Leaving Certificate Examination, 1919
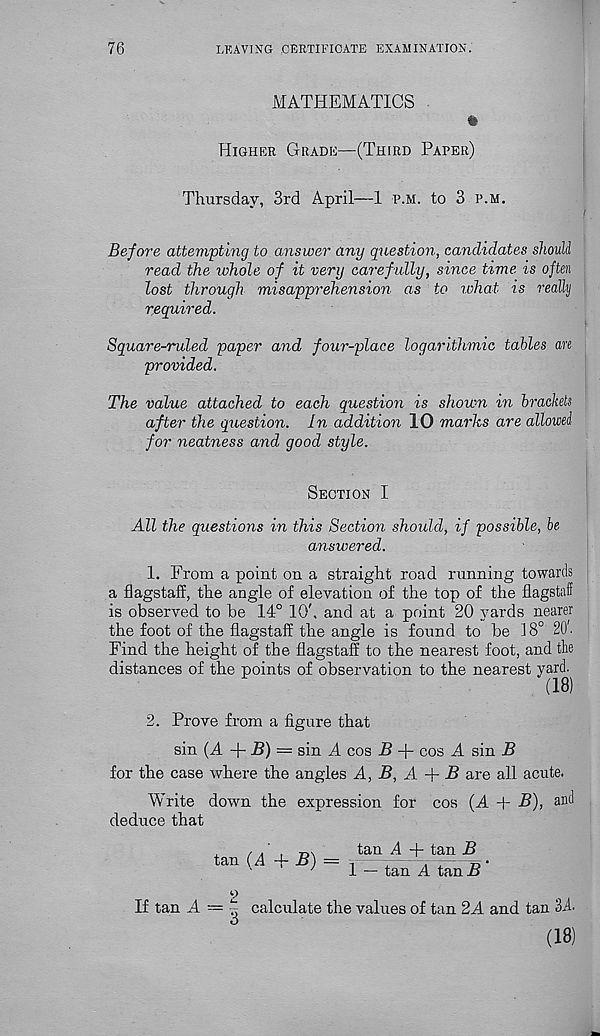
76
LEAVING CERTIFICATE EXAMINATION.
MATHEMATICS
fe
Higher Grade—(Third Paper)
Thursday, 3rd April—1 p.m. to 3 p.m.
Before attempting to answer any question, candidates should
read the whole of it very carefully, since time is often
lost through misapprehension as to what is really
required.
Square-ruled paper and four-place logarithmic tables an
provided.
The value attached to each question is shown in brackets
after the question. In addition 10 marks are allowed
for neatness and good style.
Section I
All the questions in this Section should, if possible, be
answered.
1. From a point on a straight road running towards
a flagstaff, the angle of elevation of the top of the flagstaff
is observed to be 14° 10', and at a point 20 yards nearer
the foot of the flagstaff the angle is found to be 18° 20'.
Find the height of the flagstaff to the nearest foot, and the
distances of the points of observation to the nearest yard.
(18)
2. Prove from a figure that
sin (A + 5) = sin A cos B + cos A sin B
for the case where the angles A, B, A + B are all acute.
Write down the expression for cos (A + B), and
deduce that
tan (A + B) =
tan A + tan B
1 — fan A tan B
If tan A — ~
3
calculate the values of tan 2A and tan 3A
(18)